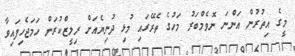
މީގެ އިތުރުން އަންނަ ނޮވެމްބަރު މަހުގެ ތެރޭގައި މުޅި ދުނިޔެއަށް ރިލީޒްކުރަން ހަމަޖެހިފައިވާ